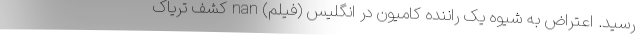
رسید. اعتراض به شیوه یک راننده کامیون در انگلیس (فیلم) nan کشف تریاک